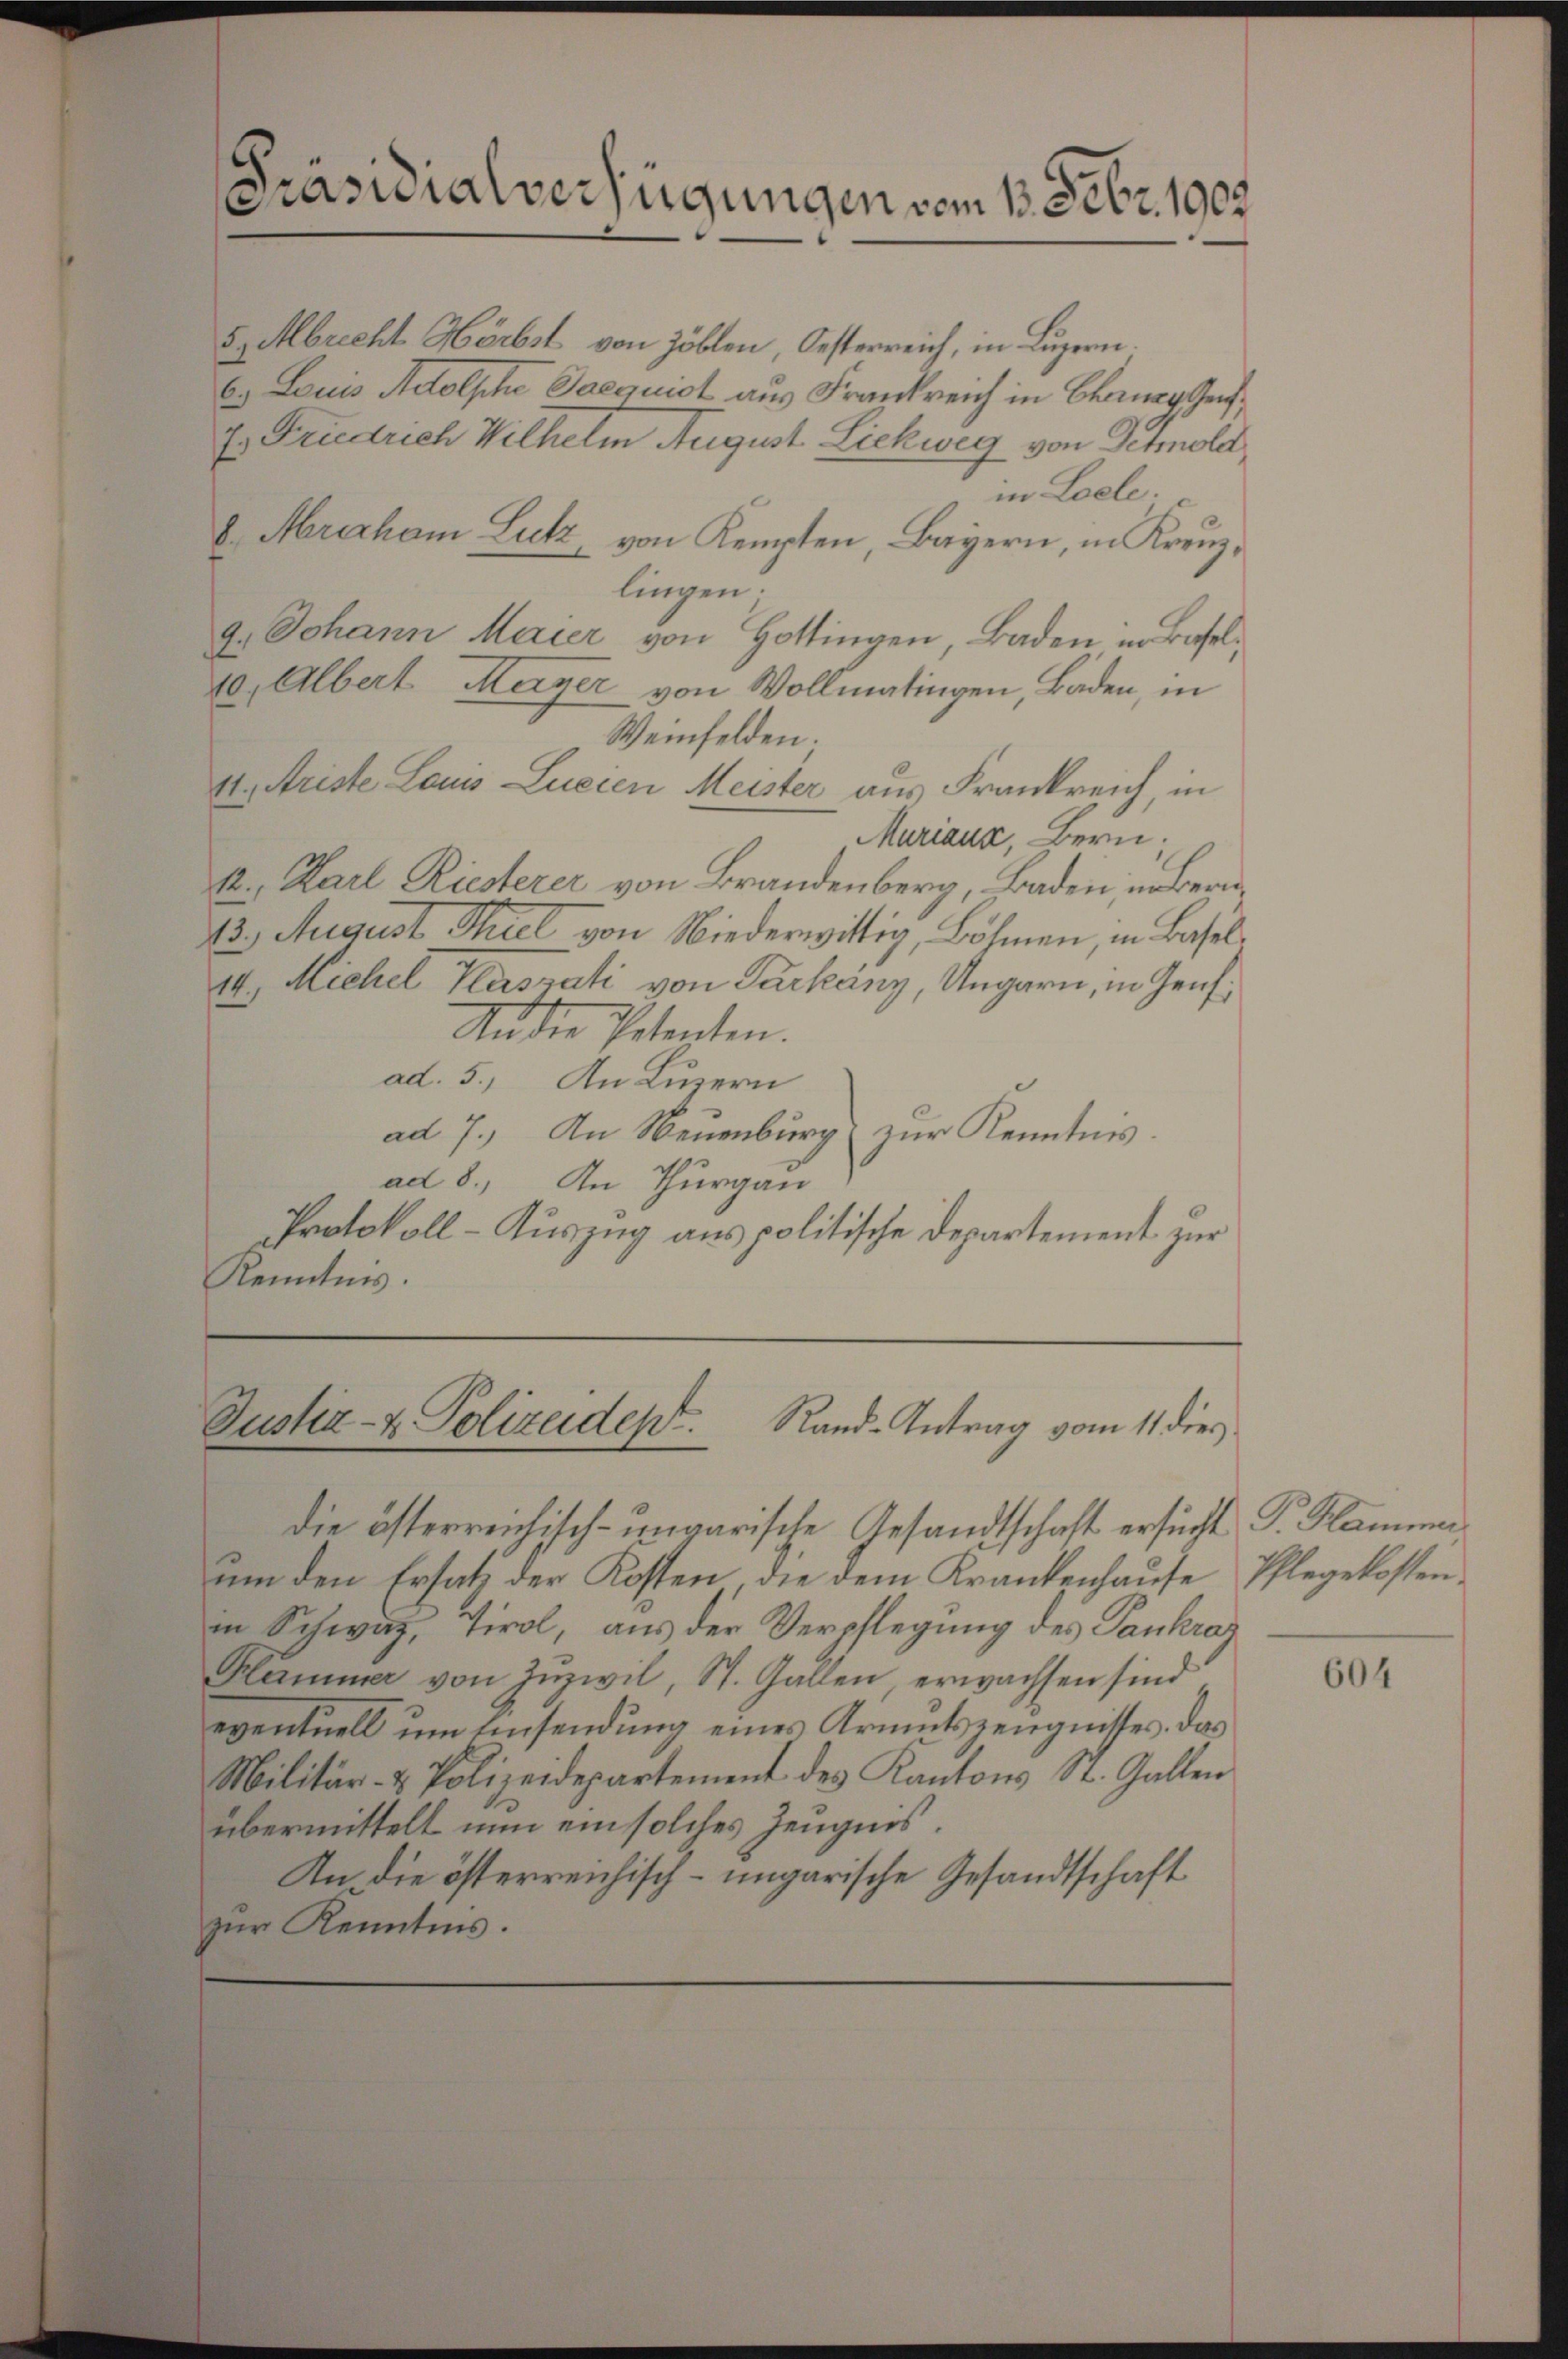
Präsidialverfügungen vom 13. Febr. 1903.

5 Mbrecht Hörbst von Zöblen, Oesterreich, in Luzern.
6. Louis Adolphe Jacquist aus Frankreich in Chainer Ge¬
E. Friedrich Wilhelm August Lickweg von Detmold,
in Loele.
b. Mraham Lutz, von Kempten, Bayern, in Kreuzlingen.
9. Johann Maier von Hottingen, Baden in Basel¬
10, Albert Merger von Vollmatingen, Baden, in
Weinfelden.
4., Ariste Louis Lueien Meister aus Frankreich, in
Mariaux, Bern,
k. Karl Riesterer von Brandenberg, Baden, in Bern¬
13. August Thiel von Niederwittig, Böhmen, in Basel.
II. Michel Kassati von Parkány, Ungarn, in Genf,
Ander Petenten.
ad. 5.) An Luzern
ad 7. An Neuenburg zur Kenntnis.
ad 8., In Thurgau
Protokoll-Aŭszŭg ans politische Departement zur
Kenntnis.

Justiz- & Polizeidept. Rand-Antrag vom 11 dies

die österreichisch-ungarische Gesandtschaft ersucht I. Klammer
um den Ersatz der Kosten die dem Krankenhause Pflegekostenin Schweiz, Tirol, aus der Verpflegung des Paukrar
Klammer von Zŭzwil, St. Gallen, erwachsen sind
eventuell um Einsendung eines Armutszeugnisses, das
Militär- & Polizeidepartement des Kantons St. Gallen
übermittelt nun ein solches Zeugnis.
An die österreichisch-ungarische Gesandtschaft
zŭr Kenntnis.

604